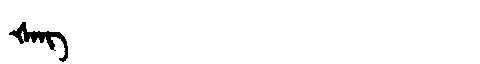
Manchu: ᡧᠠᠩ
Romanization: ŠANG